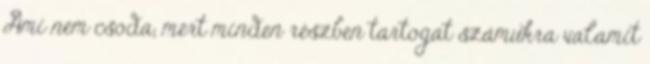
Ami nem csoda, mert minden részben tartogat számukra valamit